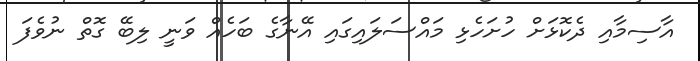
އާސިމާއި ދެކޮޅަށް ހުށަހެޅި މައްސަލައިގައި އޭނާގެ ބަހެއް ވަނީ ލިބޭ ގޮތް ނުވެފަ